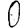
Digit: 0